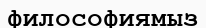
философиямыз